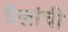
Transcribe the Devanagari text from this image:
मैलांची